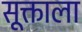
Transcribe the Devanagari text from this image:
सूक्ताला